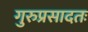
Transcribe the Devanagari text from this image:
गुरुप्रसादतः